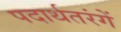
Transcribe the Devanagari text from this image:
पदार्थतरंगें